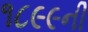
૧૮૯૯ની